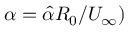
\alpha = \hat { \alpha } R _ { 0 } / U _ { \infty } )